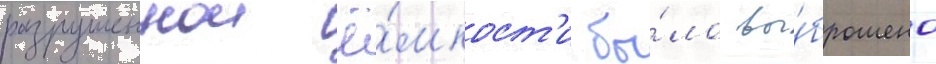
разрушеннои ё́мкост'и бы́ло вы́брошено